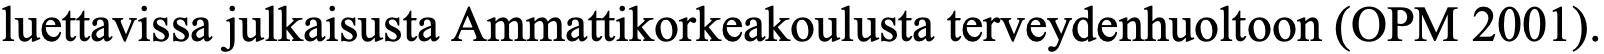
luettavissa julkaisusta Ammattikorkeakoulusta terveydenhuoltoon (OPM 2001).